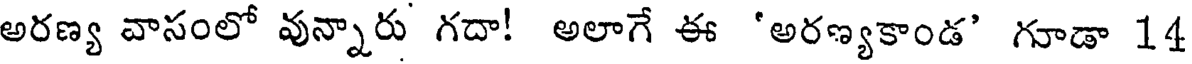
అరణ్య వాసంలో వున్నారు గదా! అలాగే ఈ 'అరణ్యకాండ' గూడా 14